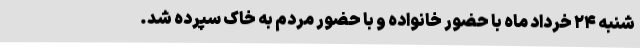
شنبه ۲۴ خرداد ماه با حضور خانواده و با حضور مردم به خاک سپرده شد.